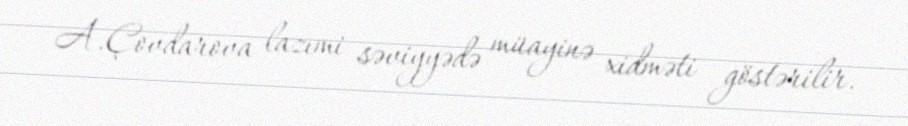
A.Çovdarova lazımi səviyyədə müayinə xidməti göstərilir.